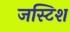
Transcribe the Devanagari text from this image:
जस्टिश